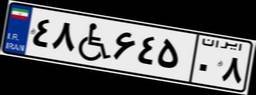
۰۳W۱۴۴۵۱